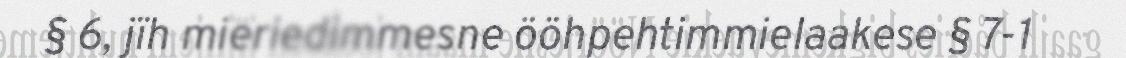
§ 6, jïh mieriedimmesne ööhpehtimmielaakese § 7-1